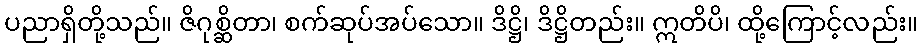
ပညာရှိတို့သည်။ ဇိဂုစ္ဆိတာ၊ စက်ဆုပ်အပ်သော။ ဒိဋ္ဌိ၊ ဒိဋ္ဌိတည်း။ ဣတိပိ၊ ထို့ကြောင့်လည်း။